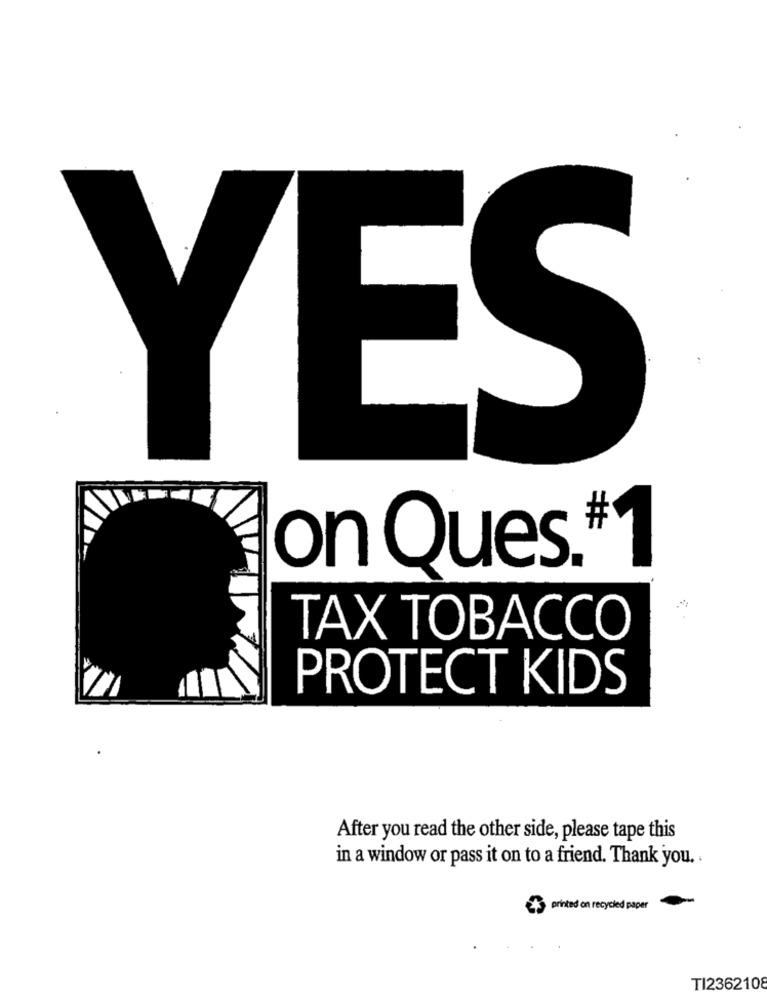
YES
#
on Ques.'
TAX TOBACCO
PROTECT KIDS
After you read the other side, please tape this
in a window or pass it on to a friend. Thank you ..
+ printed on recycled paper
TI2362108